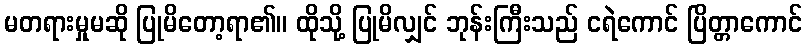
မတရားမှုမဆို ပြုမိတော့ရာ၏။ ထိုသို့ ပြုမိလျှင် ဘုန်းကြီးသည် ငရဲကောင် ပြိတ္တာကောင်